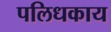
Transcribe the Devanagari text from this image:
पलिधकाय